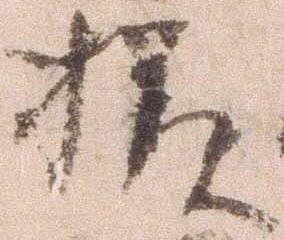
様